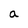
Character: a